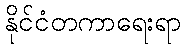
နိုင်ငံတကာရေးရာ